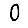
Digit: 0